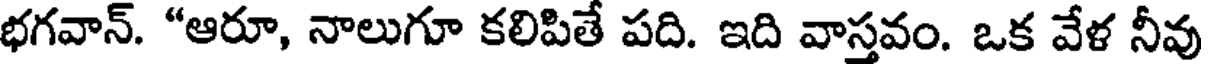
భగవాన్. "ఆరూ, నాలుగూ కలిపితే పది. ఇది వాస్తవం. ఒక వేళ నీవు